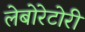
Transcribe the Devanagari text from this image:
लेबोरेटोरी